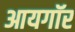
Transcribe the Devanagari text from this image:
आयगॉर